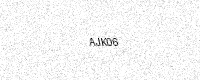
Text: AJK06